Annual report of the Punjab Veterinary College and of the Civil Veterinary Department, Punjab - 1926-1932
Year: 1926
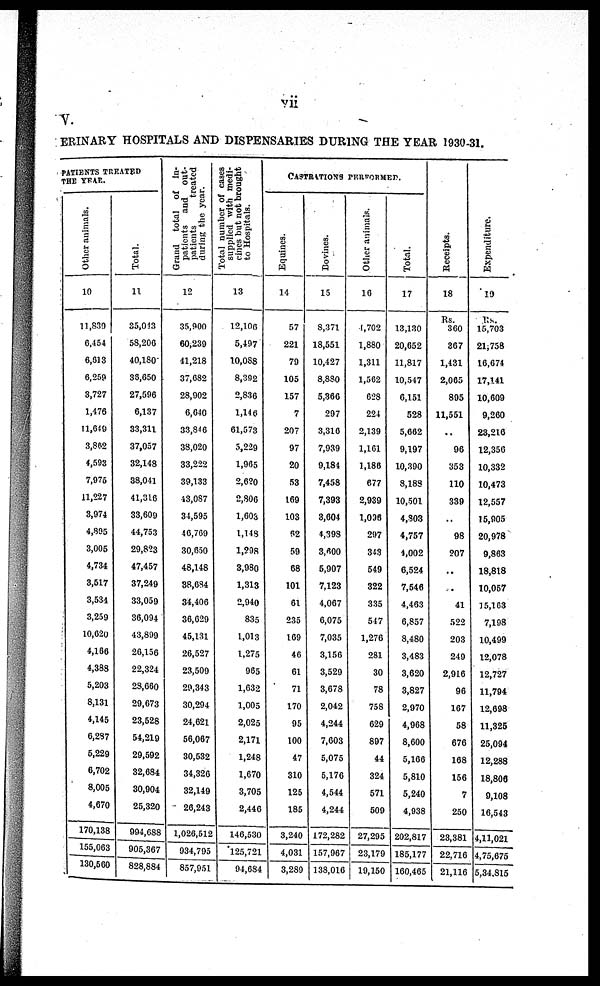
vii
V.
ERINARY HOSPITALS AND DISPENSARIES DURING THE YEAR 1930-31.
PATIENTS TREATED
THE YEAR.
Other animals.
10
11,839
6,454
6,013
6,259
8,727
1,476
11,649
3,862
4,503
7,976
11,227
8,974
4,895
3,005
4,734
3,517
3,534
3,259
10,620
4,166
4,388
5,203
8,131
4,145
6,297
5,229
6,702
8,005
4,670
170,138
155,063
130,560
Total.
11
35,013
58,206
40,180
38,650
27,596
6,137
33,311
37,057
32,148
38,041
41,316
33,609
44,753
29,823
47,457
37,249
33,059
36,094
43,899
20,156
22,324
23,660
29,673
23,628
54,219
29,592
32,684
30,904
25,320
994,688
905,367
828,884
Grand total of In-
patients and out-
patients
treated
during the year.
12
35,900
60,239
41,218
37,082
28,902
6,040
33,846
38,020
33,222
39,133
43,087
34,595
40,769
30,650
48,148
88,684
34,406
36,629
45,131
26,527
23,509
29,343
30,294
24,621
56,067
30,632
34,320
32,149
26,243
1,026,512
934,795
857,951
Total number or cases
supplied with medi-
cines but not brought
to Hospitals.
13
12,106
5,497
10,088
8,392
2,836
1,146
61,573
5,229
1,965
2,620
2,806
1,603
1,148
1,?98
8,980
1,318
2,940
835
1,013
1,275
965
1,632
1,005
2,025
2,171
1,248
1,670
3,705
2,440
146,530
125,721
94,684
CASTRATIONS PERFORMED.
Equines.
14
57
221
70
105
157
7
207
97
20
58
169
103
62
59
68
101
61
235
169
46
61
71
170
95
100
47
310
125
185
3,240
4,031
3,289
Bovines.
15
8,371
18,551
10,427
8,880
5,366
297
3,316
7,039
9,184
7,458
7,393
8,604
4,398
3,400
6,907
7,123
4,067
6,075
7,035
3,156
3,529
3,678
2,042
4,244
7,603
5,075
5,176
4,544
4,244
172,282
157,967
138,016
Other animals.
16
1,702
1,880
1,311
1,562
628
224
2,139
1,161
1,186
677
2,939
1,006
207
848
649
322
335
547
1,276
281
30
78
758
629
897
44
324
571
609
27,295
23,179
19,150
Total.
17
13,130
20,652
11,817
10,547
6,151
528
5,662
9,197
10,390
8,188
10,501
4,803
4,757
4,002
6,524
7,646
4,463
6,857
3,480
3,483
3,620
3,827
2,970
4,968
8,600
5,166
5,810
5,240
4,938
202,817
185,177
160,465
Receipts.
18
Rs.
360
367
1,431
2,065
895
11,551
..
96
353
110
339
..
98
207
..
..
41
522
203
249
2,916
96
167
68
676
168
166
7
250
28,381
22,716
21,116
Expenditure.
19
Rs.
16,703
21,758
16,674
17,141
10,609
9,260
23,216
12,350
10,332
10,473
12,557
15,905
20,978
9,863
18,818
10,057
15,103
7,198
10,499
12,078
12,727
11,794
12,698
11,326
26,094
12,288
18,806
9,108
16,543
4,11,021
4,75,676
5,34,815